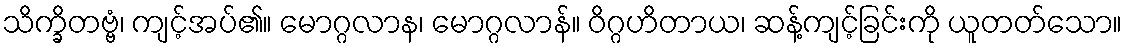
သိက္ခိတဗ္ဗံ၊ ကျင့်အပ်၏။ မောဂ္ဂလာန၊ မောဂ္ဂလာန်။ ဝိဂ္ဂဟိတာယ၊ ဆန့်ကျင့်ခြင်းကို ယူတတ်သော။